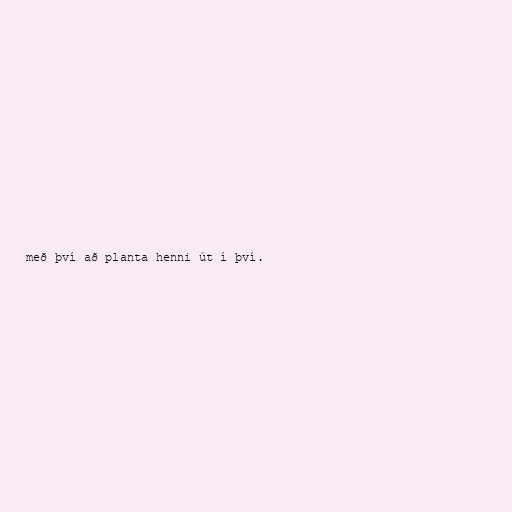
með því að planta henni út í því.